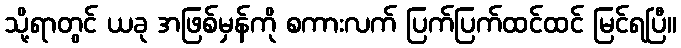
သို့ရာတွင် ယခု အဖြစ်မှန်ကို စကားလက် ပြက်ပြက်ထင်ထင် မြင်ရပြီ။